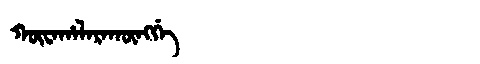
Manchu: ᡴᡡᠸᠠᡥᠠᠯᠠᡵᠠᡴᡡᠩᡤᡝ
Romanization: KŪWAHALARAKŪNGGE